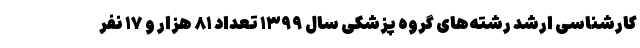
کارشناسی ارشد رشته‌های گروه پزشکی سال ۱۳۹۹ تعداد ۸۱ هزار و ۱۷ نفر